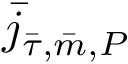
\bar { j } _ { \bar { \tau } , \bar { m } , P }